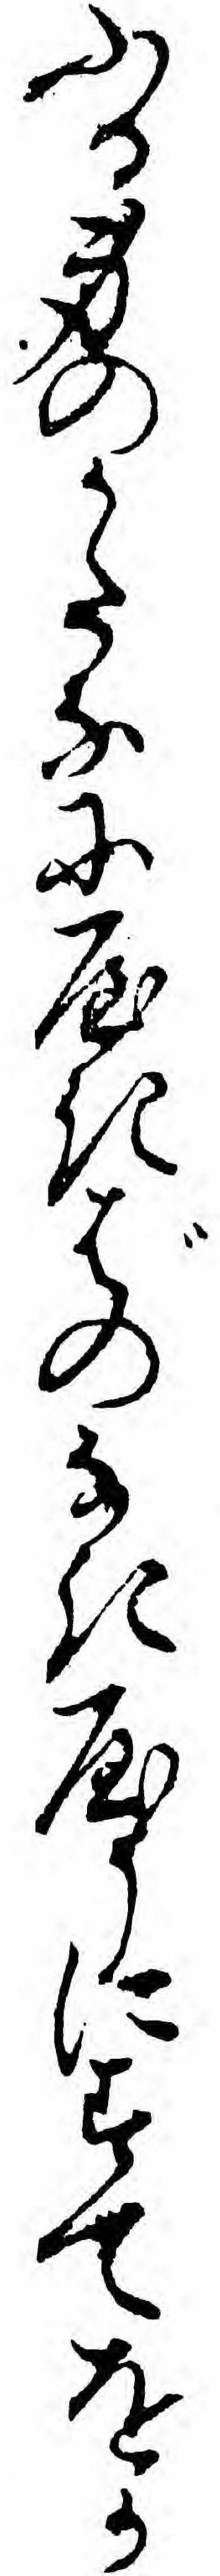
ふる身のかたなにやきばのなきやうにすてをか